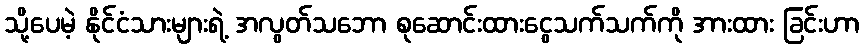
သို့ပေမဲ့ နိုင်ငံသားများရဲ့ အလွတ်သဘော စုဆောင်းထားငွေသက်သက်ကို အားထား ခြင်းဟာ